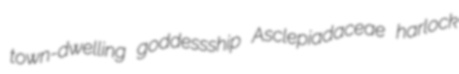
town-dwelling goddessship Asclepiadaceae harlock